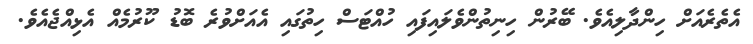
އެތެރެއަށް ހިންދާލިއެވެ. ބޭރުން ހިނިތުންވެލައިފައި ހުއްޓަސް ހިތުގައި އެއަށްވުރެ ބޮޑު ކޫރުމެއް އެޅިއްޖެއެވެ.